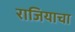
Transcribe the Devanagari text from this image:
राजियाचा